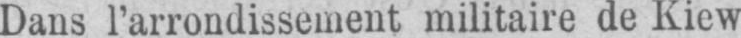
Dans l’arrondissement militaire de Kiew